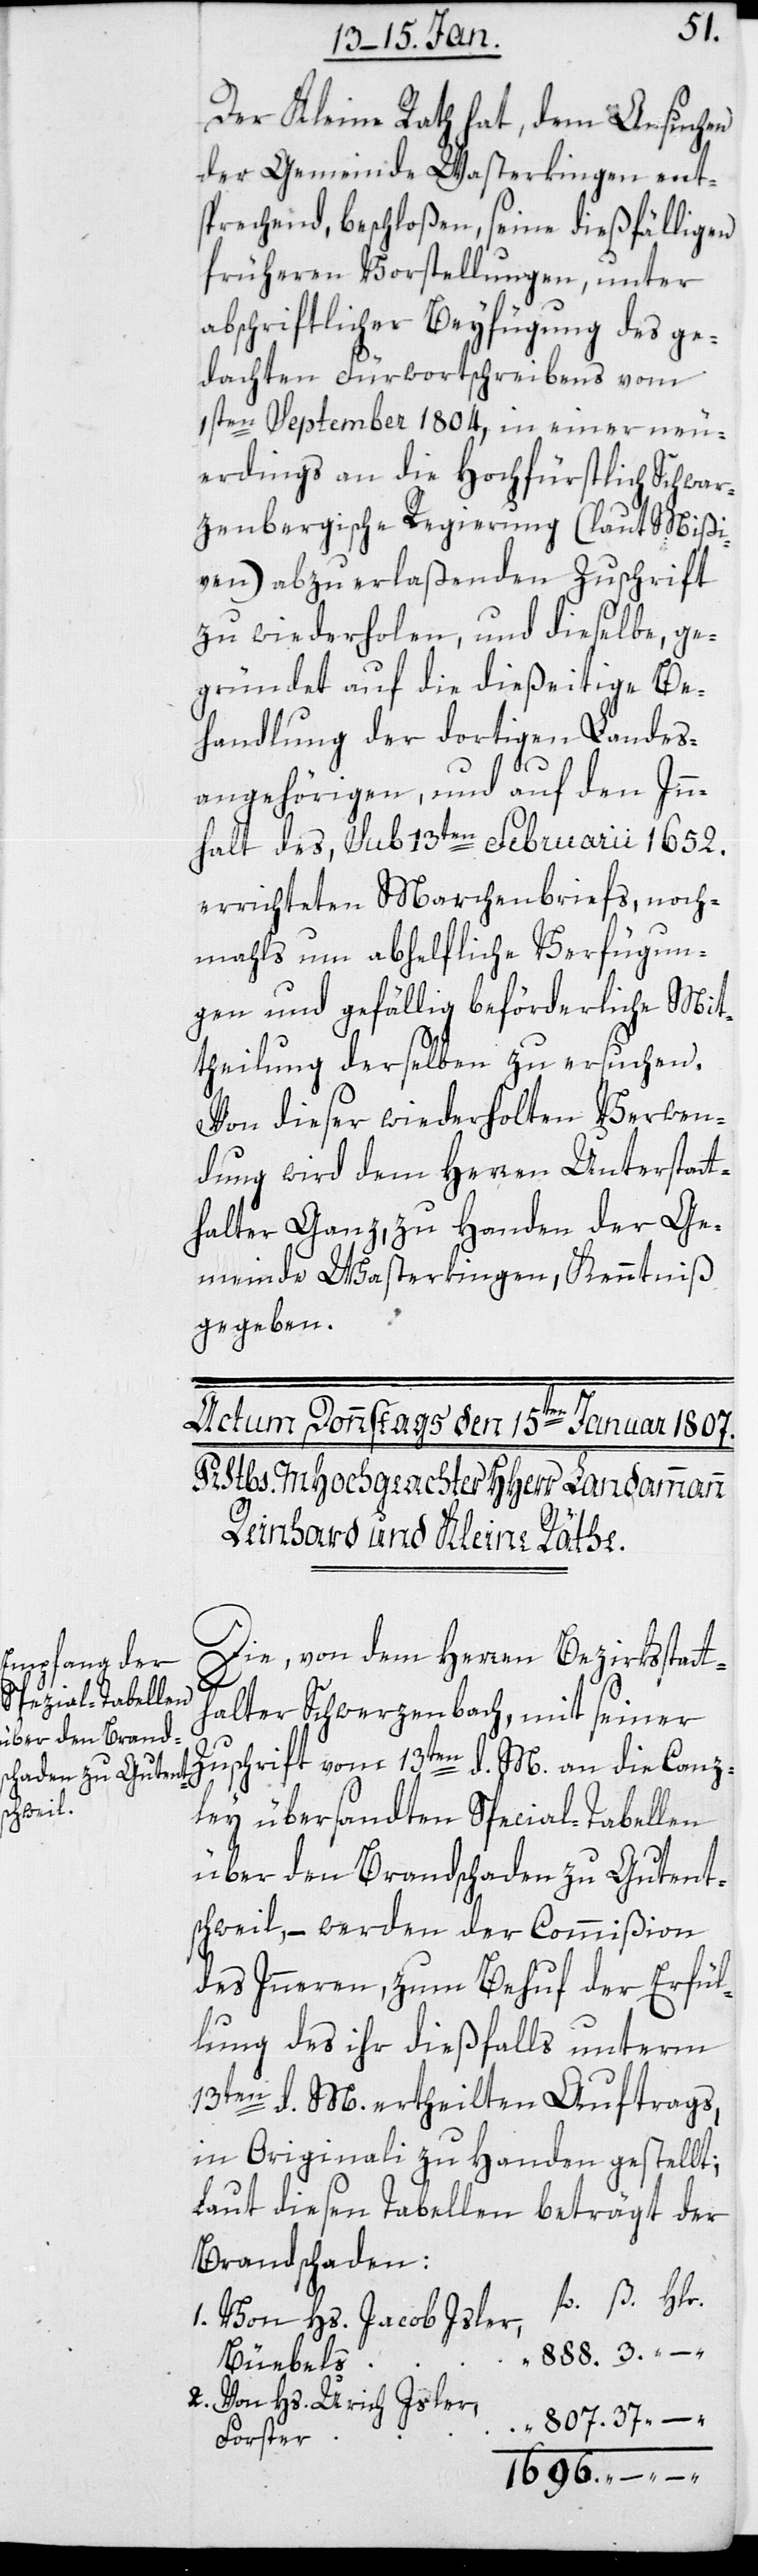
3.
Der Kleine Rath hat, dem Ansuchen
der Gemeinde Wasterkingen ent¬
sprechend beschloßen, seine dießfälligen
früheren Vorstellungen, unter
abschriftlicher Beyfügung des ge¬
dachten Fürwortschreibens vom
1sten September 1804., in einer neu¬
erdings an die Hochfürstlich Schwar¬
zenbergische Regierung (laut Mißi¬
ven) abzuerlaßenden Zuschrift
zu wiederholen, und dieselbe, ge¬
gründet auf die dießeitige Be¬
handlung der dortigen Landes¬
angehörigen, und auf den Inn¬
halt des sub 13ten Februarii 1652.
errichteten Marchenbriefs, noch¬
mals um abhelfliche Verfügun¬
gen und gefällig beförderliche Mit¬
theilung derselben zu ersuchen.
Von dieser wiederholten Verwen¬
dung wird dem Herren Unterstatt¬
halter Ganz, zu Handen der Ge¬
meinde Wasterkingen, Kenntniß
gegeben.
Die von dem Herren Bezirksstatt¬
halter Schwerzenbach mit seiner
Zuschrift vom 13ten d. M. an die Canz¬
ley übersandten Special-Tabellen
über den Brandschaden zu Gutent¬
schweil, – werden der Commißion
des Innern, zum Behuf der Erfül¬
lung des ihr dießfalls unterm
13ten d. M. ertheilten Auftrags,
in Originali zu Handen gestellt;
laut diesen Tabellen beträgt der
Brandschaden:
1. Von Hs. Jacob Isler, Büebels
2. Von Hs. Ulrich Isler,
–
Forster,
1696.